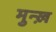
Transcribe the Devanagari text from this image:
मुन्ख़